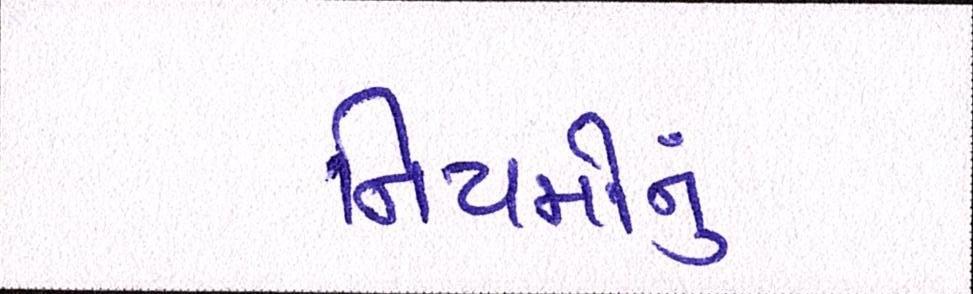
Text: નિયમોનું